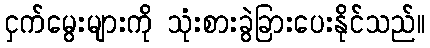
ငှက်မွေးများကို သုံးစားခွဲခြားပေးနိုင်သည်။